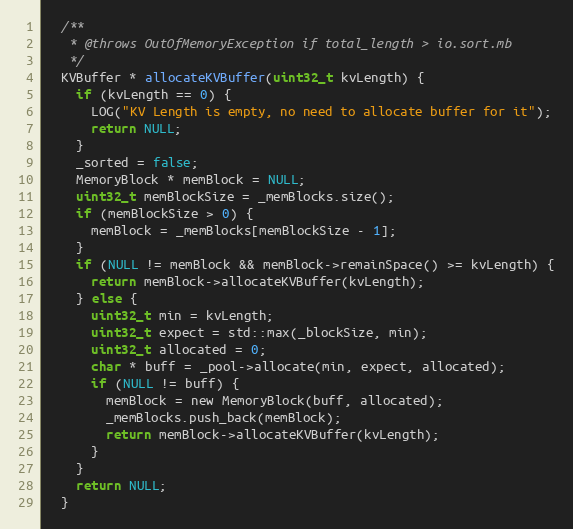
Language: C
  /**
   * @throws OutOfMemoryException if total_length > io.sort.mb
   */
  KVBuffer * allocateKVBuffer(uint32_t kvLength) {
    if (kvLength == 0) {
      LOG("KV Length is empty, no need to allocate buffer for it");
      return NULL;
    }
    _sorted = false;
    MemoryBlock * memBlock = NULL;
    uint32_t memBlockSize = _memBlocks.size();
    if (memBlockSize > 0) {
      memBlock = _memBlocks[memBlockSize - 1];
    }
    if (NULL != memBlock && memBlock->remainSpace() >= kvLength) {
      return memBlock->allocateKVBuffer(kvLength);
    } else {
      uint32_t min = kvLength;
      uint32_t expect = std::max(_blockSize, min);
      uint32_t allocated = 0;
      char * buff = _pool->allocate(min, expect, allocated);
      if (NULL != buff) {
        memBlock = new MemoryBlock(buff, allocated);
        _memBlocks.push_back(memBlock);
        return memBlock->allocateKVBuffer(kvLength);
      }
    }
    return NULL;
  }